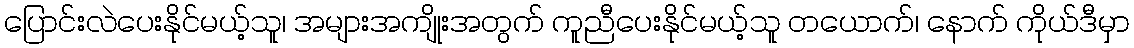
ပြောင်းလဲပေးနိုင်မယ့်သူ၊ အများအကျိုးအတွက် ကူညီပေးနိုင်မယ့်သူ တယောက်၊ နောက် ကိုယ်ဒီမှာ